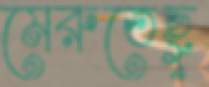
মেরুতেছু